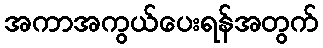
အကာအကွယ်ပေးရန်အတွက်